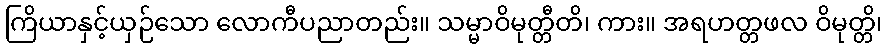
ကြိယာနှင့်ယှဉ်သော လောကီပညာတည်း။ သမ္မာဝိမုတ္တီတိ၊ ကား။ အရဟတ္တဖလ ဝိမုတ္တိ၊